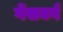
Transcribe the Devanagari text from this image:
गेंसबर्ग